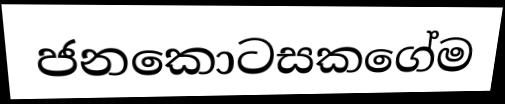
ජනකොටසකගේම